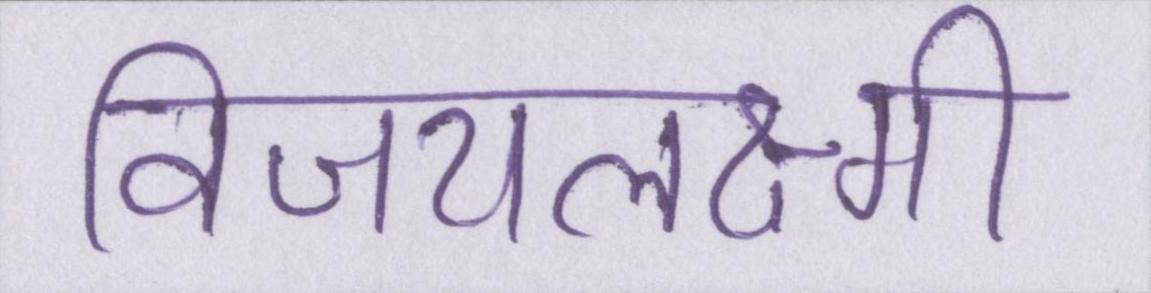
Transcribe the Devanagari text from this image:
विजयलक्ष्मी